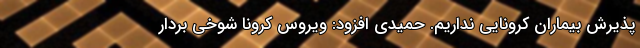
پذیرش بیماران کرونایی نداریم. حمیدی افزود: ویروس کرونا شوخی بردار